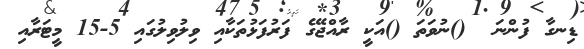
ޑިނގާ ފުންނަ  ()ނުވަތަ ()އަކީ ރާއްޖޭގެ ފަރުފަޅުތަކާއި ވިލުވިލުގައި 5-15 މީޓަރާއި